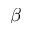
\beta